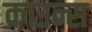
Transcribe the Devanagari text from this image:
क्राउन्स